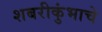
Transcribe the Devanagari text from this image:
शबरीकुंभाचे